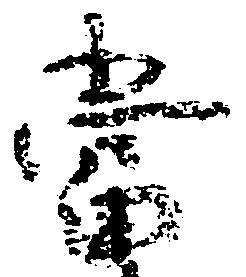
当